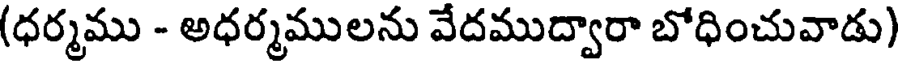
(ధర్మము - అధర్మములను వేదముద్వారా బోధించువాడు)